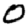
Digit: 0